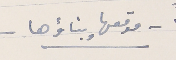
- موقعها وبناؤها -